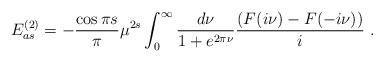
LaTeX: \begin{align*}E^{(2)}_{as}=-{\cos{\pi s}\over \pi} \mu^{2 s}\int^\infty_0 \frac{d\nu}{1+e^{2\pi\nu}} \frac{(F(i\nu)-F(-i\nu))}{i}\ .\end{align*}